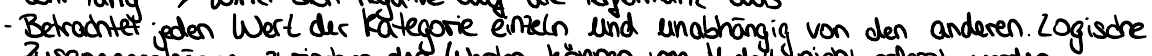
- Betrachtet jeden Wert der Kategorie einzeln und unabhängig von den anderen. Logische